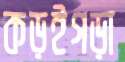
কড়ইগড়া